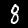
Label: 8